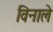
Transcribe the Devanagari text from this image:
विनाले